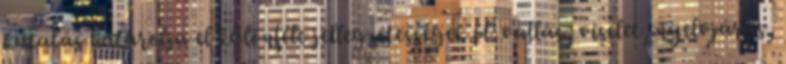
kutatás határolja el különféle jellegzetességek pl. vallás, viselet, nyelvjárás,